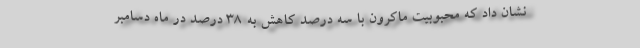
نشان داد که محبوبیت ماکرون با سه درصد کاهش به ۳۸ درصد در ماه دسامبر